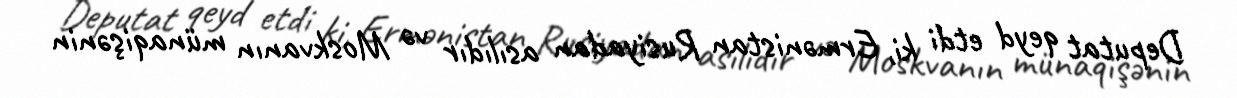
Deputat qeyd etdi ki, Ermənistan Rusiyadan asılıdır və Moskvanın münaqişənin